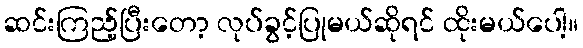
ဆင်းကြည့်ပြီးတော့ လုပ်ခွင့်ပြုမယ်ဆိုရင် ထိုးမယ်ပေါ့။